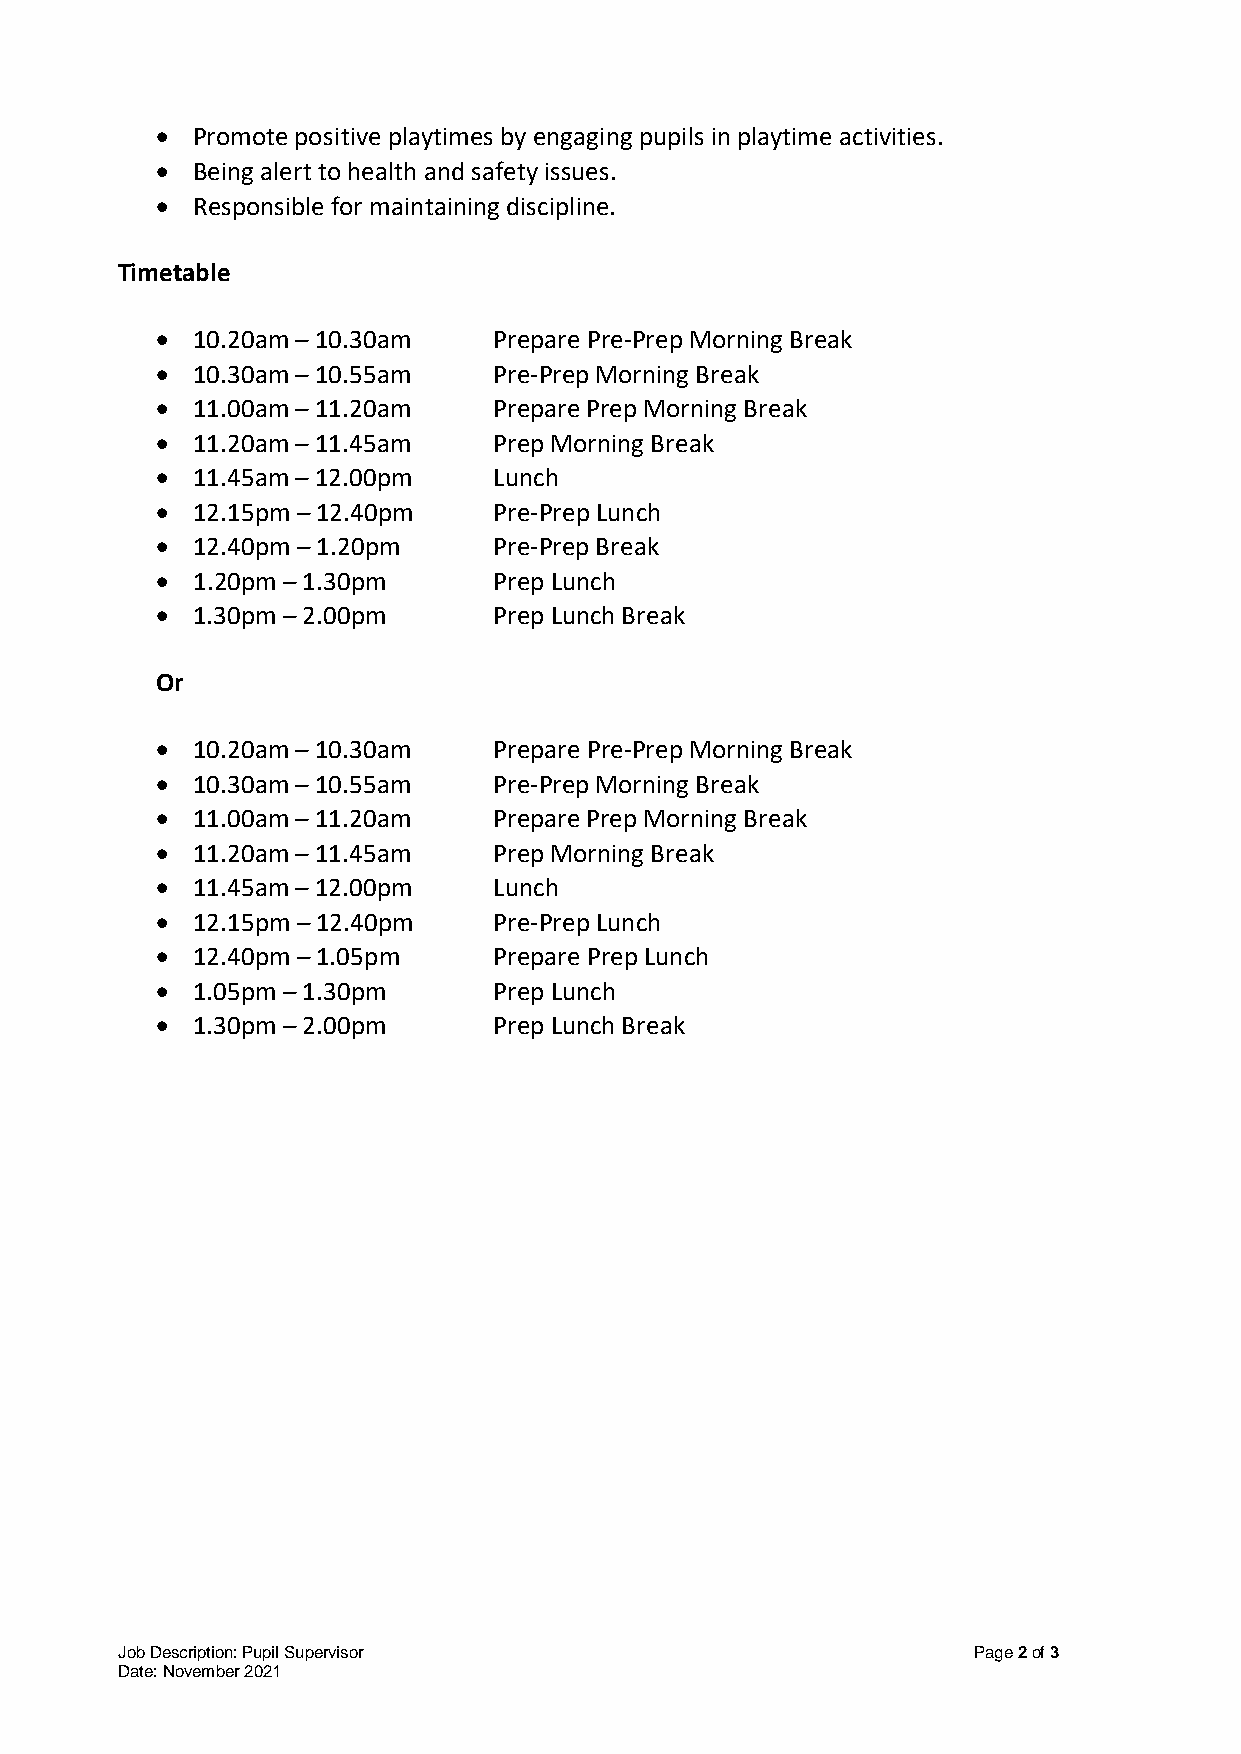
•  Promote positive playtimes by engaging pupils in playtime activities.
 •  Being alert to health and safety issues.
 •  Responsible for maintaining discipline.
 Timetable
 •  10.20am – 10.30am   Prepare Pre-Prep Morning Break
 •  10.30am – 10.55am   Pre-Prep Morning Break
 •  11.00am – 11.20am   Prepare Prep Morning Break
 •  11.20am – 11.45am   Prep Morning Break
 •  11.45am – 12.00pm   Lunch
 •  12.15pm – 12.40pm   Pre-Prep Lunch
 •  12.40pm – 1.20pm    Pre-Prep Break
 •  1.20pm – 1.30pm     Prep Lunch
 •  1.30pm – 2.00pm     Prep Lunch Break
 Or
 •  10.20am – 10.30am   Prepare Pre-Prep Morning Break
 •  10.30am – 10.55am   Pre-Prep Morning Break
 •  11.00am – 11.20am   Prepare Prep Morning Break
 •  11.20am – 11.45am   Prep Morning Break
 •  11.45am – 12.00pm   Lunch
 •  12.15pm – 12.40pm   Pre-Prep Lunch
 •  12.40pm – 1.05pm    Prepare Prep Lunch
 •  1.05pm – 1.30pm     Prep Lunch
 •  1.30pm – 2.00pm     Prep Lunch Break
 Job Description: Pupil Supervisor                       Page 2 of 3
 Date: November 2021